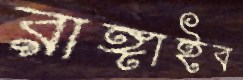
রাঙ্গাইব